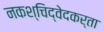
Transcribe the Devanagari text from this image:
नकश्चिद्वेदकर्ता